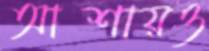
আশায়ও